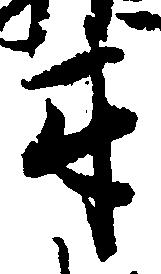
互